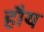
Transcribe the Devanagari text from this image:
हौय